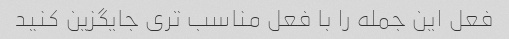
فعل این جمله را با فعل مناسب تری جایگزین کنید